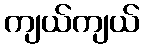
ကျယ်ကျယ်